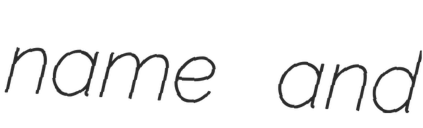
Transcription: name and